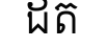
ដត